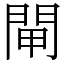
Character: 閘